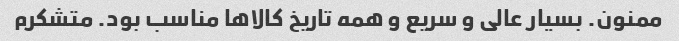
ممنون. بسیار عالی و سریع و همه تاریخ کالاها مناسب بود. متشکرم